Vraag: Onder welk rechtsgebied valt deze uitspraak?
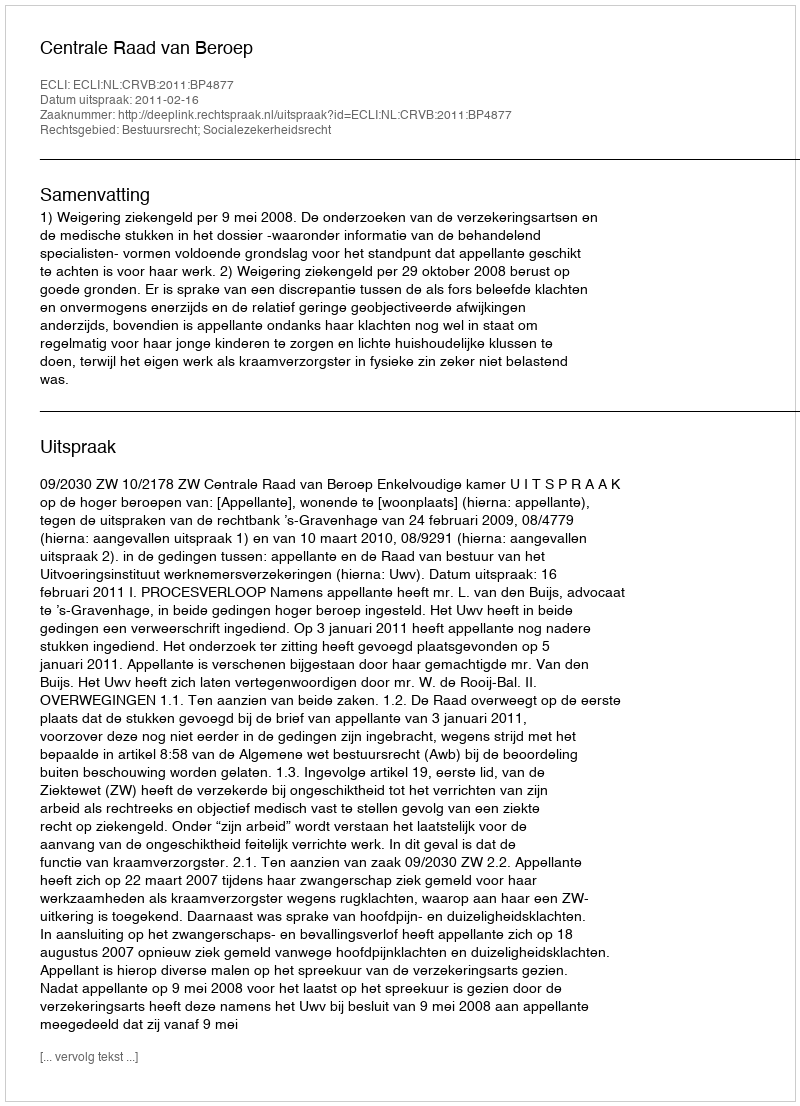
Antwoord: Bestuursrecht; Socialezekerheidsrecht